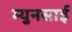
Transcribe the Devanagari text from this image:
म्युनसाई